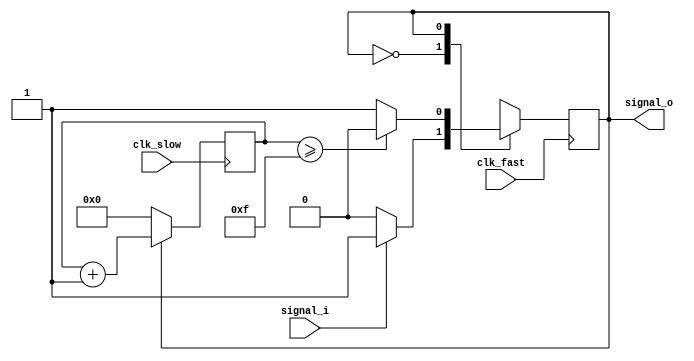
module pace_catcher
          (
           clk_fast,
			  clk_slow,
			  signal_i,
			  signal_o
          );
			 
//////////// INPUTS & OUTPUTS ////////////	 
input clk_fast;
input clk_slow;
input signal_i;
output signal_o;
			 
//////////// PARAMETERS ////////////
parameter COUNT = 15; // with clk of 1.5kHz corresponds to 10ms width

parameter s_idle = 0;
parameter s_out = 1;


//////////// SIGNALS & REGS ////////////
reg[15:0] cnt = 0;
reg state = 0;

//////////// LOGIC ////////////

// runs at fast clock to catch input signal
always @(posedge clk_fast) begin
		case(state)
			s_idle:
			begin
				state <= (signal_i) ? s_out : s_idle;
			end
			s_out:
			begin
				state <= (cnt >= COUNT) ? s_idle : s_out;
			end
		endcase
end

// runs at slow clock to increment slowly
always @(posedge clk_slow) begin
		if (state == s_out) cnt <= cnt + 8'b1;
		else if (state == s_idle) cnt  <= 8'b0;
end

//////////// OUTPUT ASSIGNS ////////////
assign signal_o = (state == s_out);

endmodule